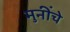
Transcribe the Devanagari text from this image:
मुनींचे